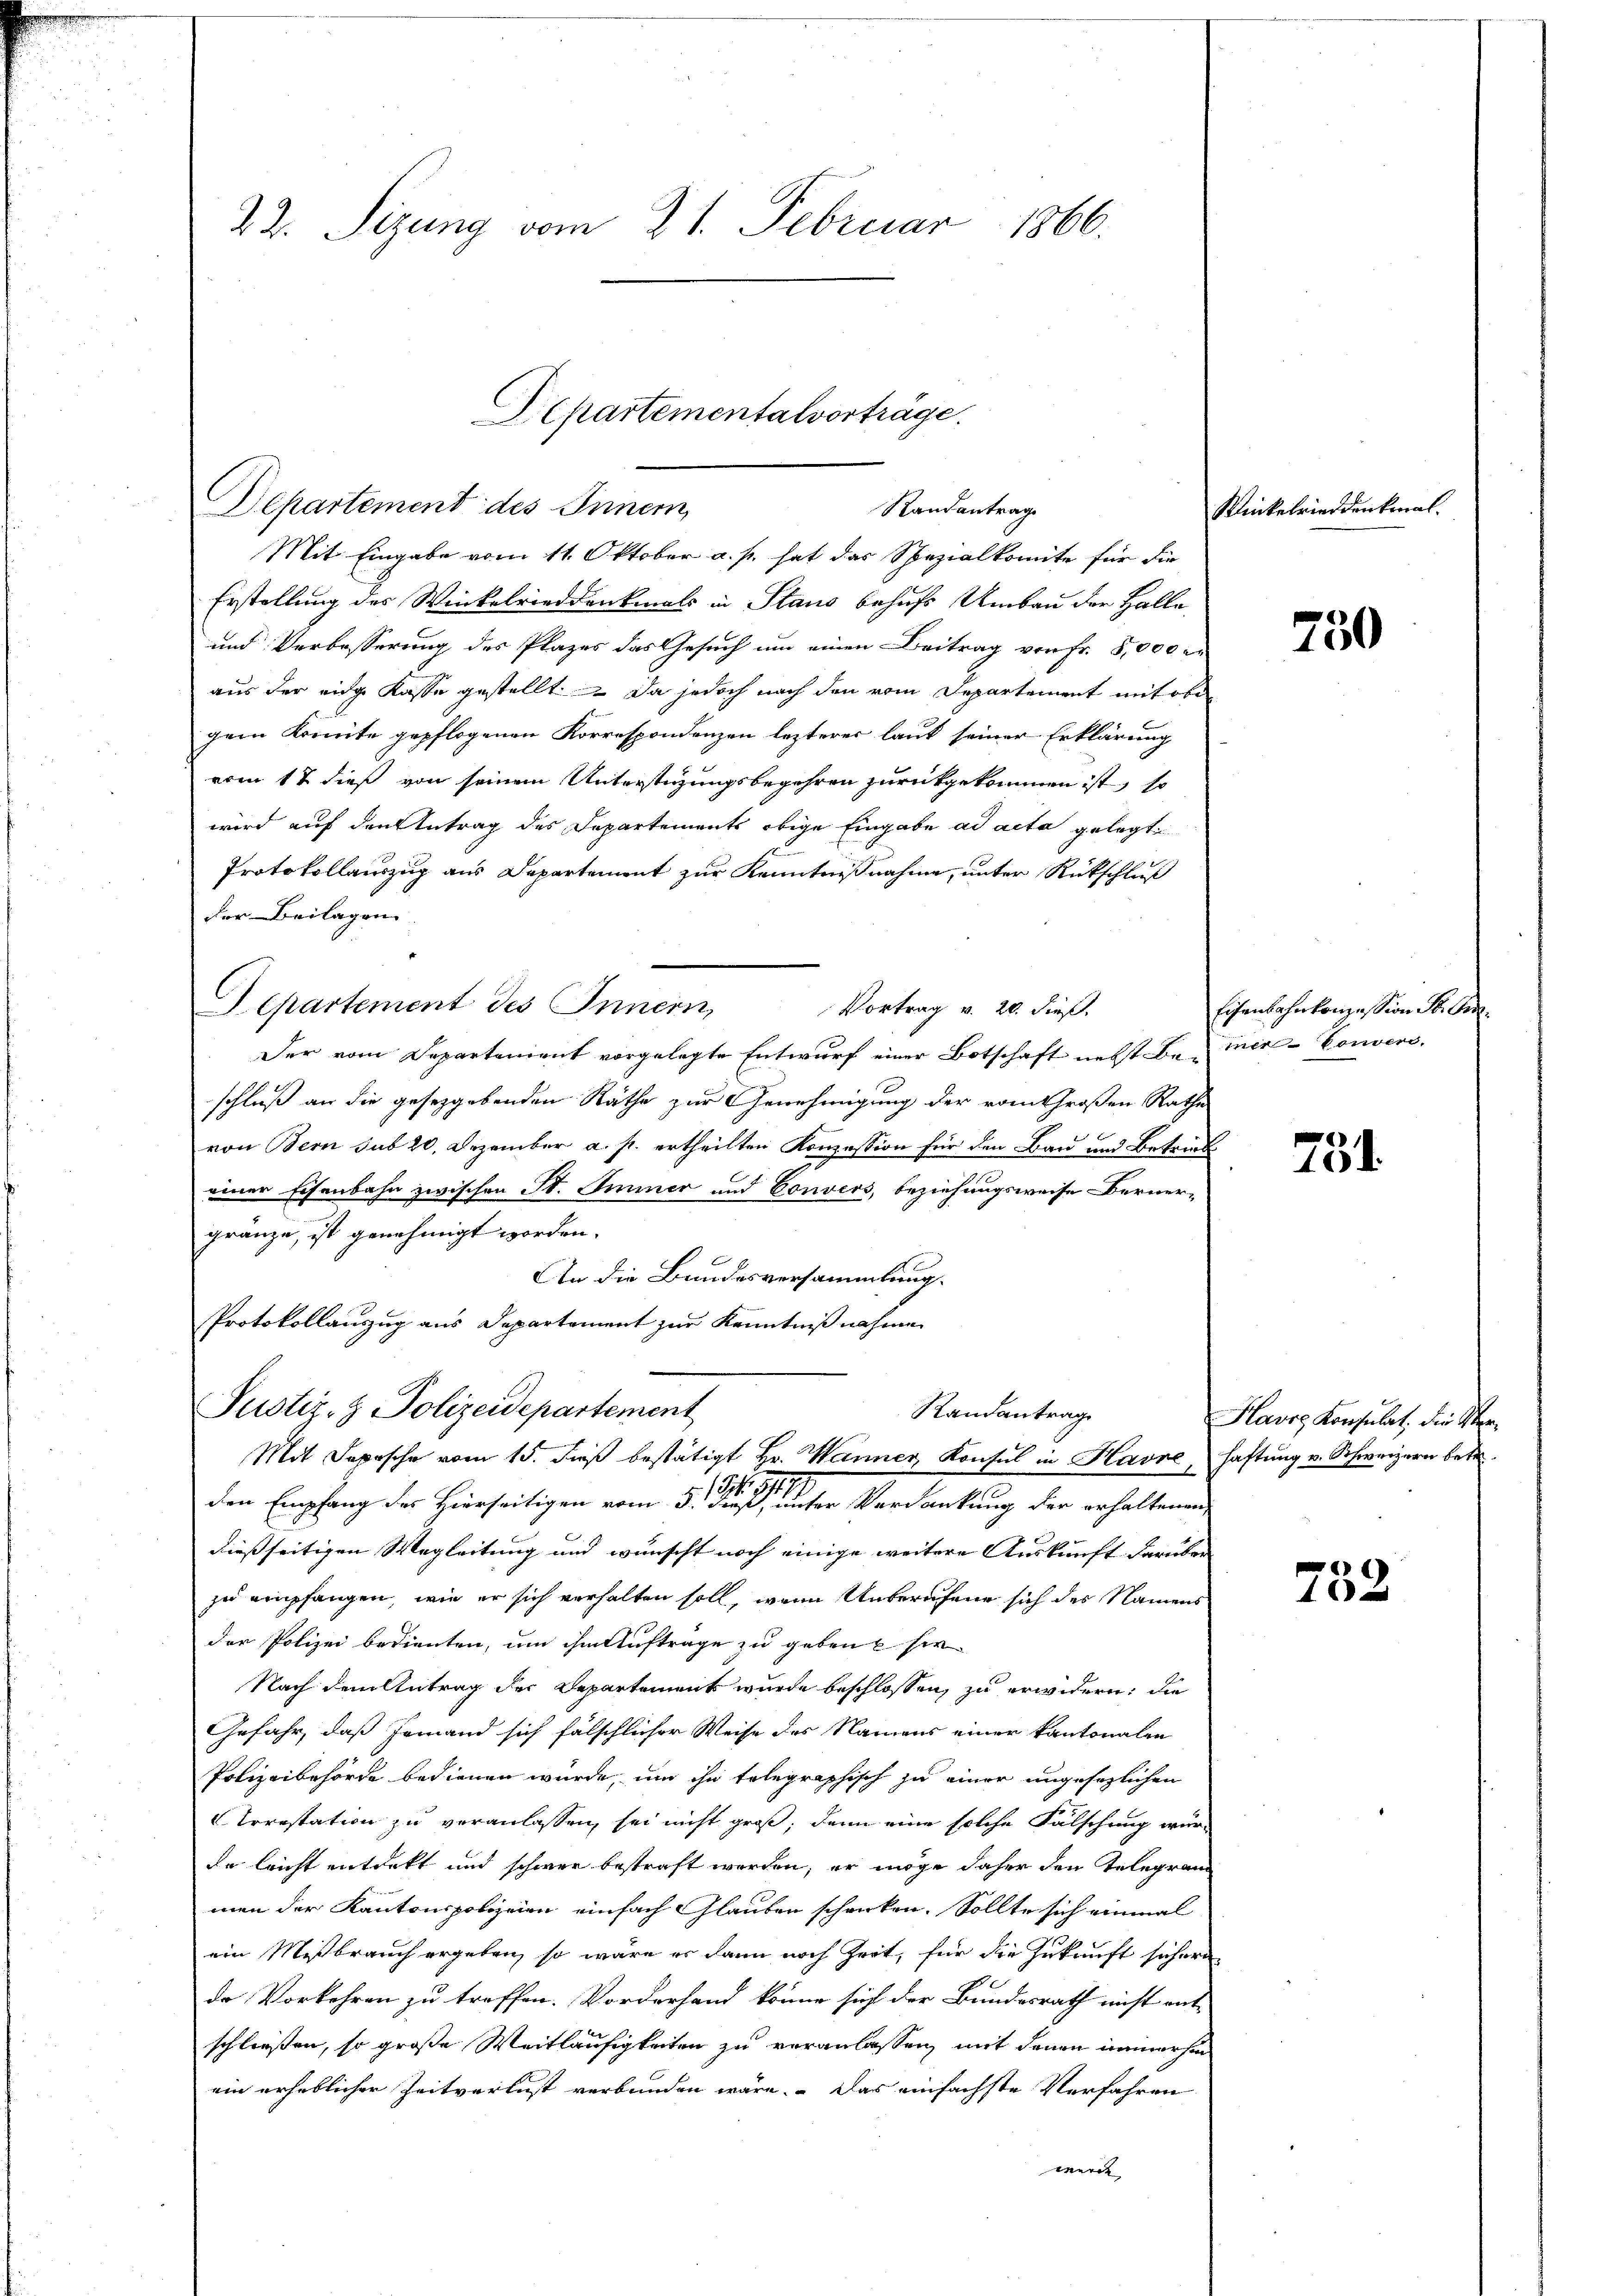
22. Sizung vom 21. Februar 1866.

Erstellung des Winkelrieddenkmals in Staus behufs Umbau der Halle
und Verbesserung des Plazer das Gesuch um einen Beitrag von Fr. 8,000 r
aus der eidge Kasse gestellt. Da jedoch nach den vom Departement mit ober
gem Komite gepflogenen Korrespondenzen lezterer laut seiner Erklärung
vom 17 dieß von seinem Unterstüzungsbegehren zurückgekommen ist, so
wird auf den Antrag des Departements obige Eingabe ad acta gelegt.
Protokollauszug aus Departement zur Kenntnißnahme, unter Rückschluß
der Beilagen.
Aepartement des Innern,
Vortrag v. 20. dieß.
Der vom Departement vorgelegte Entwurf einer Botschaft nebst bemir- Convers,
schluß an die gesetzgebenden Räthe zur Genehmigung der vom Großen Rathe
von Bern sub 20. Dezember a. p. ertheilten Konzession für den Bau und Betrieb
einer Eisenbahn zwischen St. Iminer und Convers, beziehungsweise Berner-
gränze, ist genehmigt worden.
An die Bundesversammlung.
Protokollauszug aus Departement zur Kenntnißnahmen

ACpartementalvorträge.
Departement des Innern,
Randantrag
Mit Eingabe vom 11. Oktober a. p. hat das Spezialkomite für die

Justiz- & Polizeidepartement
Randantrag
Mit Sopische vom 15. dieß bestätigt Hr. Wanner Konsul in Havre, haftung v. Schweizern betr.
den Empfang der Hierseitigen vom 5. Fuß unter Verdankung der erhaltenen

dießseitigen Wegleitung und wünscht noch einige weitere Auskunft darüber
zu empfangen, wie er sich verhalten soll, wenn Unberufene sich des Namens
der Polizei bedienten, um ihm Auftrage zu geben sie
Nach dem Antrag der Departement wurde beschlossen, zu erwidern, die
Gefahr, daß Jemand sich fälschlicher Weise des Namens einer kantonalen
Polizeibehörde bedienen wurde, um ihn telegraphisch zu einer ungesezlichen
Arrestation zu veranlassen, sei nicht groß, dann eine solche Fälschung wür
da leicht entdekt und schwer bestraft worden, er möge daher den Telegram
men der Kantonspolizeien einfach Glauben schenken. Sollte sich einmal
ein Mißbrauch ergeben, so wäre es dann noch Zeit, für die Zukunft sichere
de Vorkehren zu treffen. Vorderhand könne sich der Bundesrath nicht ent
schliessen, so große Weitläufigkeiten zu veranlassen, mit denen immerhin
ein erheblicher Zeitverlust verbunden wäre. Das einfachste Verfahren

Winkelried denkmal.

750

Eisenbahnkonzession Sr. Er

s
10.

Havre Konsulat, die Ver¬

752